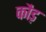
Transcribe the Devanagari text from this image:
कौड़